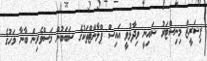
ފިޝަރީޒް މިނިސްޓަރު ޝައިނީ ވިދާޅުވީ އައިސް ޕްލާންޓްތަކުގެ ސަބަބުން މަސްވެރިން ބާނާ މަހުގެ